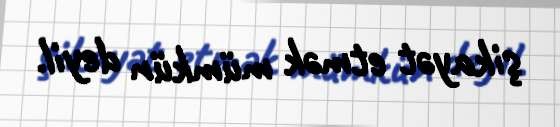
şikayət etmək mümkün deyil.